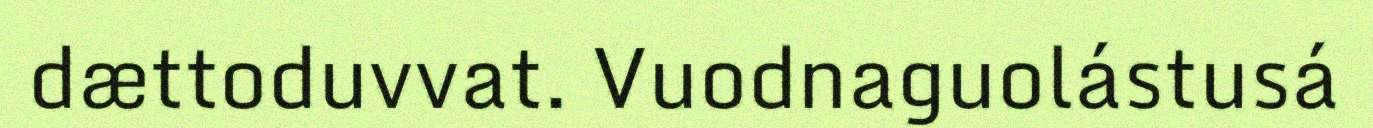
dættoduvvat. Vuodnaguolástusá